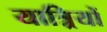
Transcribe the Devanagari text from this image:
यात्र्रियों